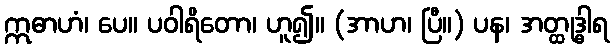
ဣဓာဟံ၊ ပေ။ ပဝါရိတော၊ ဟူ၍။ (အာဟ၊ ပြီ။) ပန၊ အတ္ထုဒ္ဓါရ